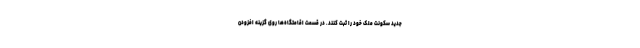
جدید سکونت ملک خود را ثبت کنند. در قسمت اقامتگاه‌ها روی گزینه افزودن